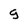
Character: g